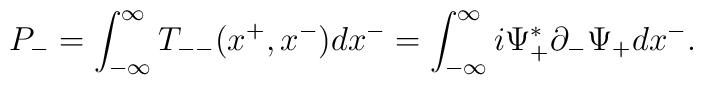
P_-=\int_{-{\infty }}^{\infty }T_{--}(x^+,x^-)dx^-=\int_{-{\infty }}^{\infty }i{\Psi}_+^{\ast }{\partial}_-{\Psi}_+dx^-.